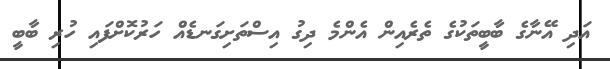
އަދި އޭނާގެ ބާބީތަކުގެ ތެރެއިން އެންމެ ދިގު އިސްތަށިގަނޑެއް ހަރުކޮށްފައި ހުރި ބާބީ